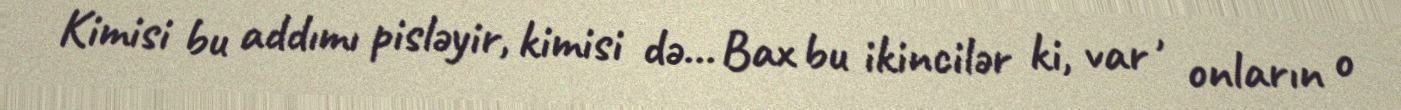
Kimisi bu addımı pisləyir, kimisi də... Bax bu ikincilər ki, var , onların o